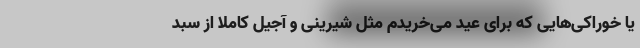
یا خوراکی‌هایی که برای عید می‌خریدم مثل شیرینی و آجیل کاملاً از سبد